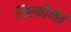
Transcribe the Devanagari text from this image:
विल्कोक्स